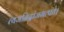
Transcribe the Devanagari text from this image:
त्यजनिद्रांजगत्पते।